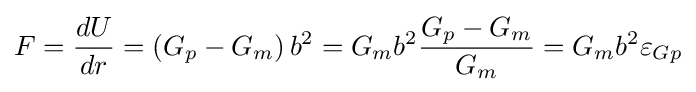
F={dU \over dr}=\left(G_{p}-G_{m}\right)b^{2}=G_{m}b^{2}{\frac {G_{p}-G_{m}}{G_{m}}}=G_{m}b^{2}\varepsilon _{Gp}